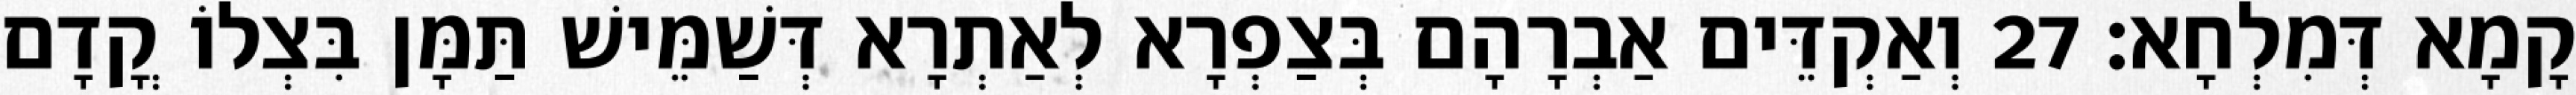
קָמָא דְּמִלְחָא׃ 27 וְאַקְדֵּים אַבְרָהָם בְּצַפְרָא לְאַתְרָא דְּשַׁמֵּישׁ תַּמָּן בִּצְלוֹ קֳדָם